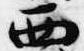
西